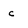
Character: c